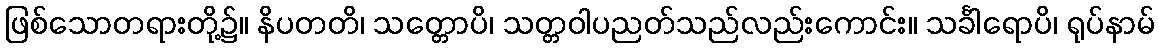
ဖြစ်သောတရားတို့၌။ နိပတတိ၊ သတ္တောပိ၊ သတ္တဝါပညတ်သည်လည်းကောင်း။ သင်္ခါရောပိ၊ ရုပ်နာမ်